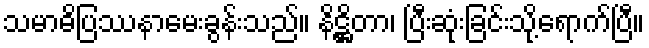
သမာဓိပြဿနာမေးခွန်းသည်။ နိဋ္ဌိတာ၊ ပြီးဆုံးခြင်းသို့ရောက်ပြီ။